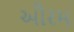
ઔરમ